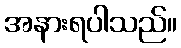
အနားရပါသည်။